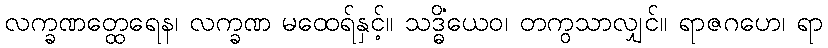
လက္ခဏတ္ထေရေန၊ လက္ခဏ မထေရ်နှင့်။ သဒ္ဓိံယေဝ၊ တကွသာလျှင်။ ရာဇဂဟေ၊ ရာ